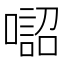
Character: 𠾓